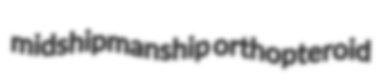
midshipmanship orthopteroid